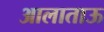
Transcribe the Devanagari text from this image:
आलाताऊ